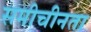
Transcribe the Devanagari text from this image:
समीचीनता